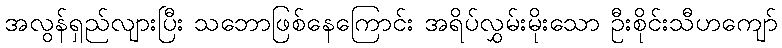
အလွန်ရှည်လျားပြီး သဘောဖြစ်နေကြောင်း အရိပ်လွှမ်းမိုးသော ဦးစိုင်းသီဟကျော်